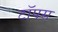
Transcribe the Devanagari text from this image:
टॉपस